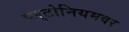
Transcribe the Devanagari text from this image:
प्लुटोनियमवर